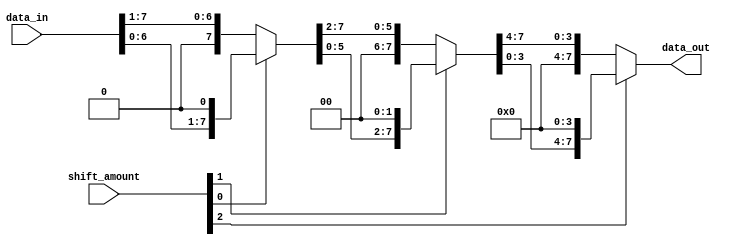
module barrel_shifter (
    input [7:0] data_in,
    input [2:0] shift_amount,
    output reg [7:0] data_out
);

reg [7:0] temp_data;

always @(*)
begin
    temp_data = data_in;
    
    // Level 0
    if (shift_amount[0])
        temp_data = temp_data << 1;
    else
        temp_data = temp_data >> 1;
    
    // Level 1
    if (shift_amount[1])
        temp_data = temp_data << 2;
    else
        temp_data = temp_data >> 2;

    // Level 2
    if (shift_amount[2])
        temp_data = temp_data << 4;
    else
        temp_data = temp_data >> 4;

    data_out = temp_data;
end

endmodule